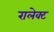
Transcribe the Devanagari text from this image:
रालेक्ट